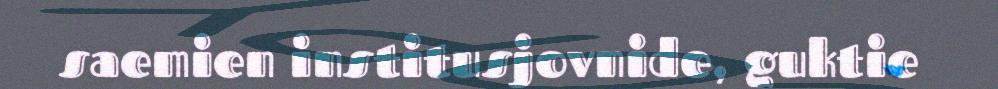
saemien institusjovnide, guktie